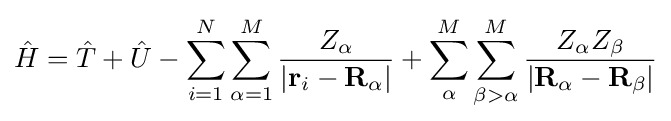
{\hat {H}}={\hat {T}}+{\hat {U}}-\sum _{i=1}^{N}\sum _{\alpha =1}^{M}{\frac {Z_{\alpha }}{|\mathbf {r} _{i}-\mathbf {R} _{\alpha }|}}+\sum _{\alpha }^{M}\sum _{\beta >\alpha }^{M}{\frac {Z_{\alpha }Z_{\beta }}{|\mathbf {R} _{\alpha }-\mathbf {R} _{\beta }|}}